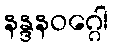
နန္ဒနဝဂ္ဂေါ